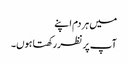
میں ہر دم اپنے
آپ پر نظر رکھتا ہوں۔